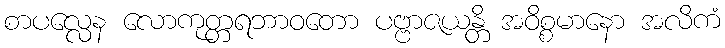
စာပလ္လေန လောကုတ္တရဘာဝတော ပဗ္ဗာဇယန္တိ အဝိစ္စမာနော အလိကံ